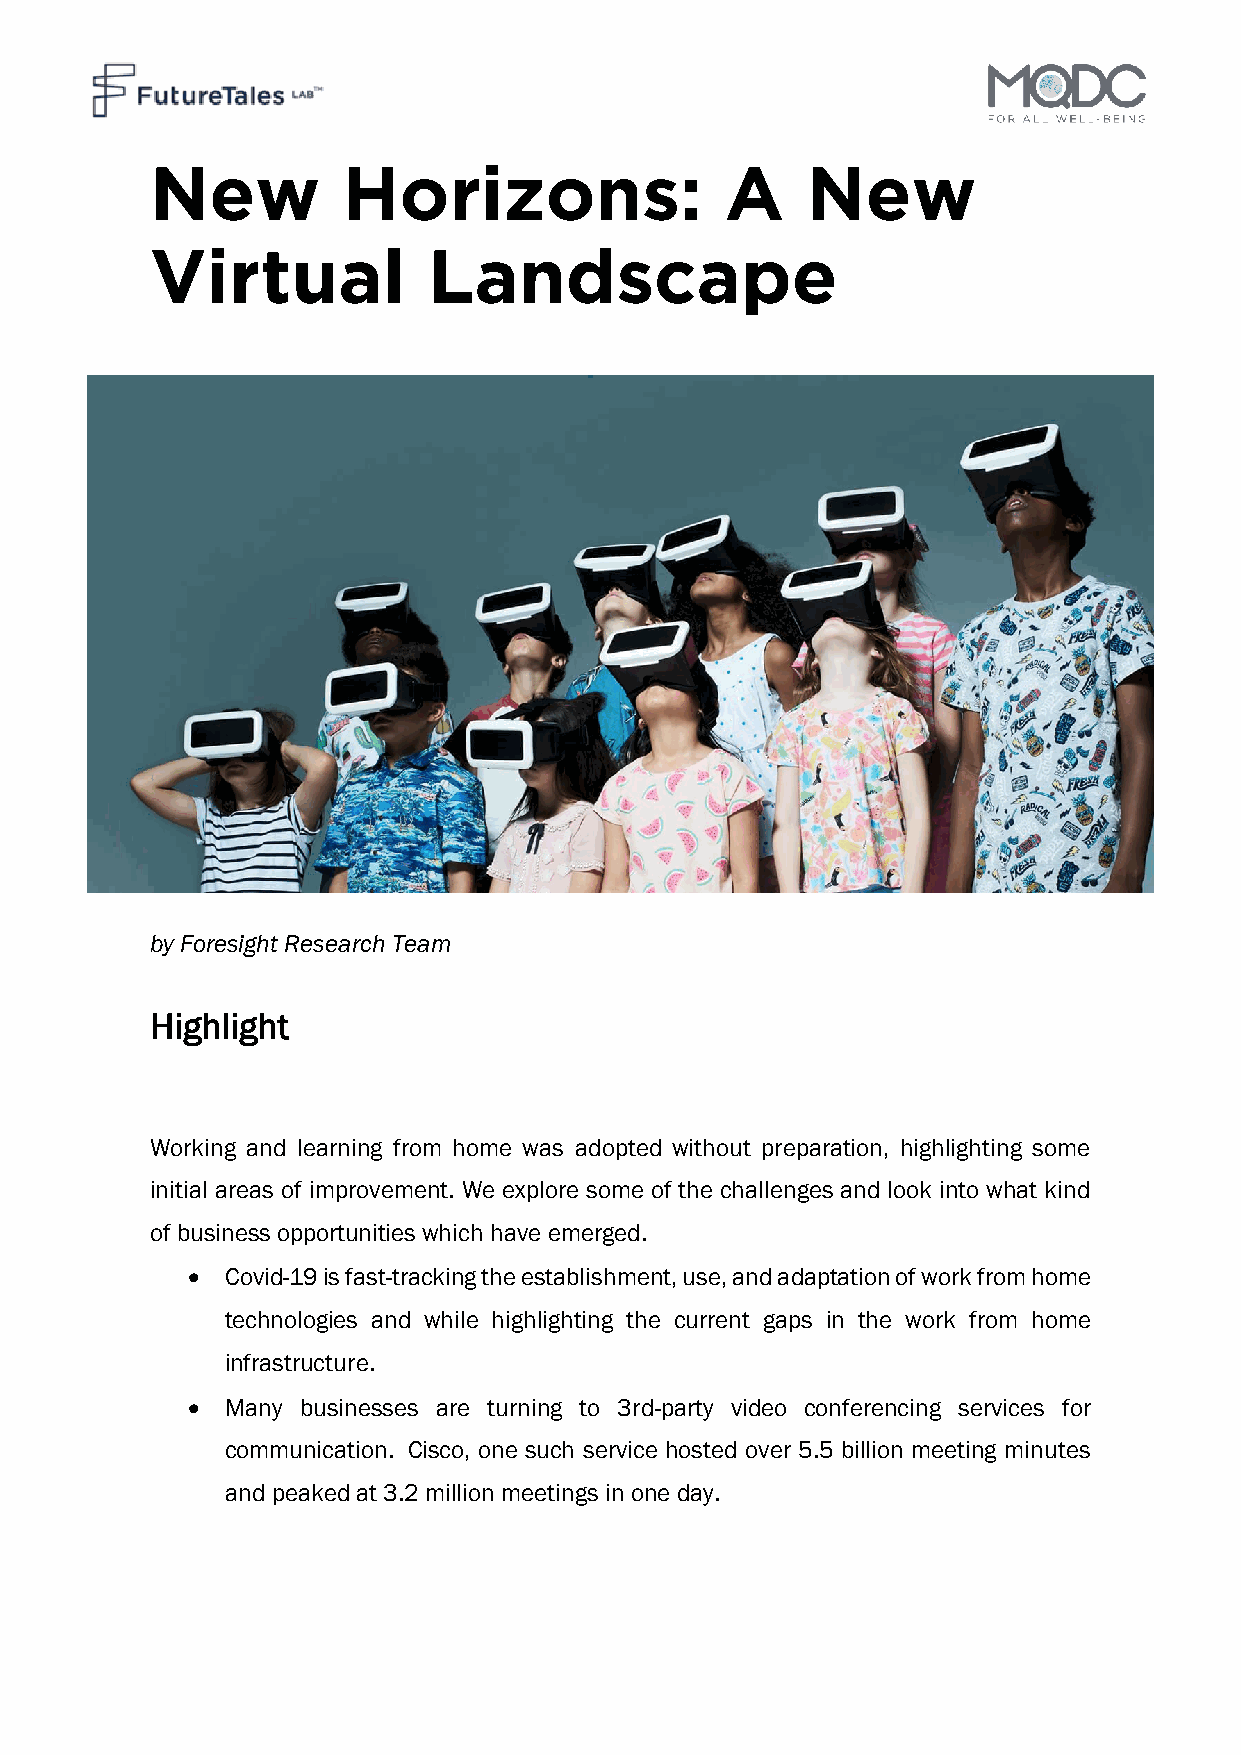
New          Horizons:                A    New
 Virtual           Landscape
 by Foresight Research Team
 Highlight
 Working and learning from home was adopted without preparation, highlighting some
 initial areas of improvement. We explore some of the challenges and look into what kind
 of business opportunities which have emerged.
   Covid-19 is fast-tracking the establishment, use, and adaptation of work from home
 technologies and while highlighting the current gaps in the work from home
 infrastructure.
   Many businesses are turning to 3rd-party video conferencing services for
 communication. Cisco, one such service hosted over 5.5 billion meeting minutes
 and peaked at 3.2 million meetings in one day.